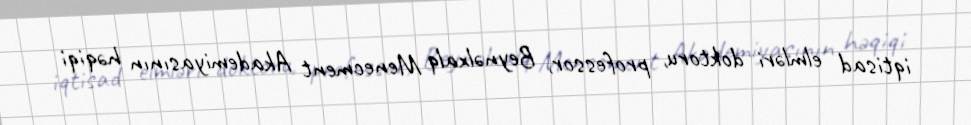
iqtisad elmləri doktoru, professor, Beynəlxalq Menecment Akademiyasının həqiqi